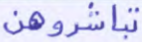
تباشروهن